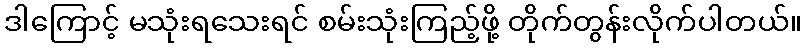
ဒါကြောင့် မသုံးရသေးရင် စမ်းသုံးကြည့်ဖို့ တိုက်တွန်းလိုက်ပါတယ်။